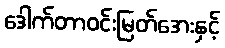
ဒေါက်တာဝင်းမြတ်အေးနှင့်